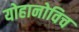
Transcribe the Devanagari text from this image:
योहानोविच